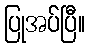
ပြုအပ်ပြီ။